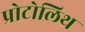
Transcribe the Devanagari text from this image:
प्रोटोलिथ